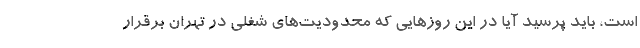
است، باید پرسید آیا در این روزهایی که محدودیت‌های شغلی در تهران برقرار